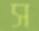
স